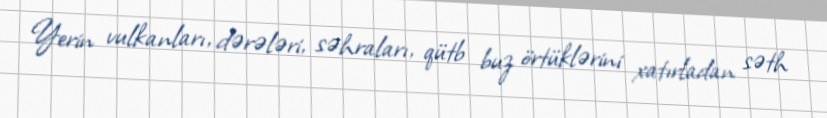
Yerin vulkanları, dərələri, səhraları, qütb buz örtüklərini xatırladan səth